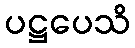
ပဋ္ဌပေသိ